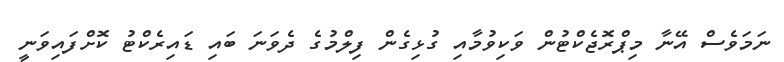
ނަމަވެސް އޭނާ މިޕްރޮޖެކްޓުން ވަކިވުމާއި ގުޅިގެން ފިލްމުގެ ދެވަނަ ބައި ޑައިރެކްޓު ކޮށްފައިވަނީ